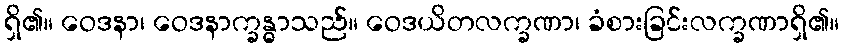
ရှိ၏။ ဝေဒနာ၊ ဝေဒနာက္ခန္ဓာသည်။ ဝေဒယိတလက္ခဏာ၊ ခံစားခြင်းလက္ခဏာရှိ၏။